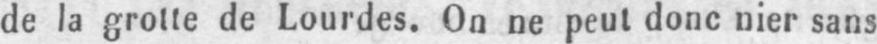
de la grotte de Lourdes. On ne peut donc nier sans